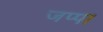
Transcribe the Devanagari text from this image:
जप्पा